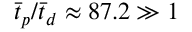
\bar { t } _ { p } / \bar { t } _ { d } \approx 8 7 . 2 \gg 1